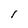
Character: I